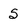
Character: 5